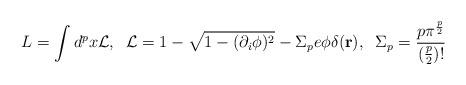
LaTeX: \begin{align*}L = \int d^{p}x{\cal L}, \;\; {\cal L} = 1 -\sqrt{1-(\partial_i\phi)^2}-\Sigma_p e \phi\delta({\bf r}),\;\;\Sigma_p=\frac{p\pi^{\frac{p}{2}}}{(\frac{p}{2})!}\end{align*}